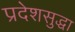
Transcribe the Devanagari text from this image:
प्रदेशसुद्धा